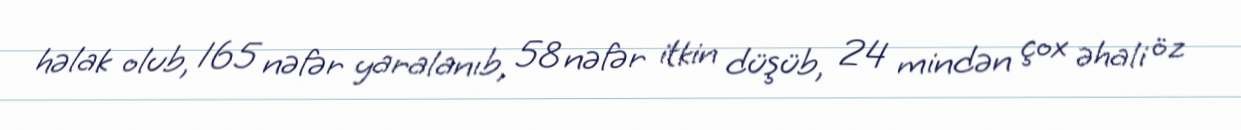
həlak olub, 165 nəfər yaralanıb, 58 nəfər itkin düşüb, 24 mindən çox əhali öz